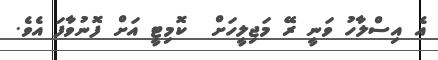
އެ އިސްލާހު ވަނީ ރޭ މަޖިލީހަށް  ކޮމިޓީ އަށް ފޮނުވާފަ އެވެ.